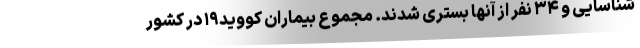
شناسایی و ۳۴ نفر از آنها بستری شدند. مجموع بیماران کووید۱۹ در کشور